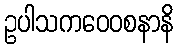
ဥပါသကဝေဝစနာနိ